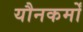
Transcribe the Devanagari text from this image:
यौनकर्मों